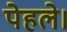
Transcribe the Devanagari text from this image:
पेहले।